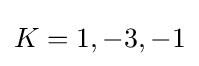
K=1,-3,-1